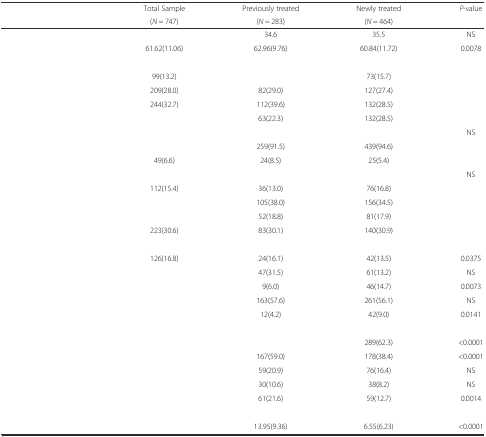
<table><thead><tr><td>[EMPTY_CELL]</td><td><b>Total Sample</b></td><td><b>Previously treated</b></td><td><b>Newly treated</b></td><td rowspan="2"><b><i>P</i>-value</b></td></tr><tr><td>[EMPTY_CELL]</td><td><b>(<i>N</i> = 747)</b></td><td><b>(<i>N</i> = 283)</b></td><td><b>(<i>N</i> = 464)</b></td></tr></thead><tbody><tr><td>[EMPTY_CELL]</td><td>[EMPTY_CELL]</td><td>34.6</td><td>35.5</td><td>NS</td></tr><tr><td>[EMPTY_CELL]</td><td>61.62(11.06)</td><td>62.96(9.76)</td><td>60.84(11.72)</td><td>0.0078</td></tr><tr><td>[EMPTY_CELL]</td><td>[EMPTY_CELL]</td><td>[EMPTY_CELL]</td><td>[EMPTY_CELL]</td><td>[EMPTY_CELL]</td></tr><tr><td>[EMPTY_CELL]</td><td>99(13.2)</td><td>[EMPTY_CELL]</td><td>73(15.7)</td><td>[EMPTY_CELL]</td></tr><tr><td>[EMPTY_CELL]</td><td>209(28.0)</td><td>82(29.0)</td><td>127(27.4)</td><td>[EMPTY_CELL]</td></tr><tr><td>[EMPTY_CELL]</td><td>244(32.7)</td><td>112(39.6)</td><td>132(28.5)</td><td>[EMPTY_CELL]</td></tr><tr><td>[EMPTY_CELL]</td><td>[EMPTY_CELL]</td><td>63(22.3)</td><td>132(28.5)</td><td>[EMPTY_CELL]</td></tr><tr><td>[EMPTY_CELL]</td><td>[EMPTY_CELL]</td><td>[EMPTY_CELL]</td><td>[EMPTY_CELL]</td><td>NS</td></tr><tr><td>[EMPTY_CELL]</td><td>[EMPTY_CELL]</td><td>259(91.5)</td><td>439(94.6)</td><td>[EMPTY_CELL]</td></tr><tr><td>[EMPTY_CELL]</td><td>49(6.6)</td><td>24(8.5)</td><td>25(5.4)</td><td>[EMPTY_CELL]</td></tr><tr><td>[EMPTY_CELL]</td><td>[EMPTY_CELL]</td><td>[EMPTY_CELL]</td><td>[EMPTY_CELL]</td><td>NS</td></tr><tr><td>[EMPTY_CELL]</td><td>112(15.4)</td><td>36(13.0)</td><td>76(16.8)</td><td>[EMPTY_CELL]</td></tr><tr><td>[EMPTY_CELL]</td><td>[EMPTY_CELL]</td><td>105(38.0)</td><td>156(34.5)</td><td>[EMPTY_CELL]</td></tr><tr><td>[EMPTY_CELL]</td><td>[EMPTY_CELL]</td><td>52(18.8)</td><td>81(17.9)</td><td>[EMPTY_CELL]</td></tr><tr><td>[EMPTY_CELL]</td><td>223(30.6)</td><td>83(30.1)</td><td>140(30.9)</td><td>[EMPTY_CELL]</td></tr><tr><td colspan="4">[EMPTY_CELL]</td><td>[EMPTY_CELL]</td></tr><tr><td>[EMPTY_CELL]</td><td>126(16.8)</td><td>24(16.1)</td><td>42(13.5)</td><td>0.0375</td></tr><tr><td>[EMPTY_CELL]</td><td>[EMPTY_CELL]</td><td>47(31.5)</td><td>61(13.2)</td><td>NS</td></tr><tr><td>[EMPTY_CELL]</td><td>[EMPTY_CELL]</td><td>9(6.0)</td><td>46(14.7)</td><td>0.0073</td></tr><tr><td>[EMPTY_CELL]</td><td>[EMPTY_CELL]</td><td>163(57.6)</td><td>261(56.1)</td><td>NS</td></tr><tr><td>[EMPTY_CELL]</td><td>[EMPTY_CELL]</td><td>12(4.2)</td><td>42(9.0)</td><td>0.0141</td></tr><tr><td>[EMPTY_CELL]</td><td>[EMPTY_CELL]</td><td>[EMPTY_CELL]</td><td>[EMPTY_CELL]</td><td>[EMPTY_CELL]</td></tr><tr><td>[EMPTY_CELL]</td><td>[EMPTY_CELL]</td><td>[EMPTY_CELL]</td><td>289(62.3)</td><td>&lt;0.0001</td></tr><tr><td>[EMPTY_CELL]</td><td>[EMPTY_CELL]</td><td>167(59.0)</td><td>178(38.4)</td><td>&lt;0.0001</td></tr><tr><td>[EMPTY_CELL]</td><td>[EMPTY_CELL]</td><td>59(20.9)</td><td>76(16.4)</td><td>NS</td></tr><tr><td>[EMPTY_CELL]</td><td>[EMPTY_CELL]</td><td>30(10.6)</td><td>38(8.2)</td><td>NS</td></tr><tr><td>[EMPTY_CELL]</td><td>[EMPTY_CELL]</td><td>61(21.6)</td><td>59(12.7)</td><td>0.0014</td></tr><tr><td colspan="3">[EMPTY_CELL]</td><td>[EMPTY_CELL]</td><td>[EMPTY_CELL]</td></tr><tr><td>[EMPTY_CELL]</td><td>[EMPTY_CELL]</td><td>13.95(9.36)</td><td>6.55(6.23)</td><td>&lt;0.0001</td></tr></tbody></table>